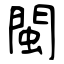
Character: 閩